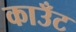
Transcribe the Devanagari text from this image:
काउँट